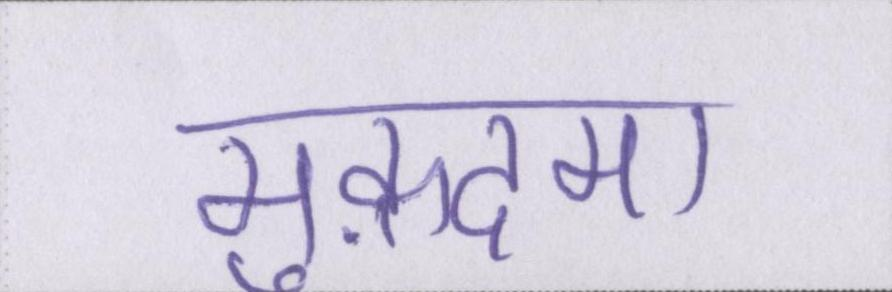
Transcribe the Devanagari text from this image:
मुक़दमा